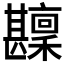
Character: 𤯑